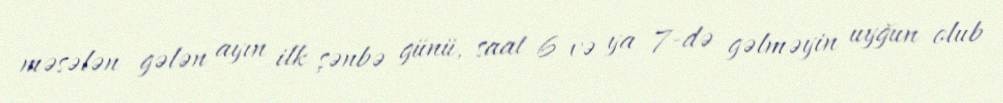
məsələn gələn ayın ilk şənbə günü, saat 6 və ya 7-də gəlməyin uyğun olub